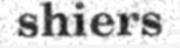
shiers